Civil Veterinary Dept. Bombay admin report 1932-41 - 1932-1941
Year: 1932
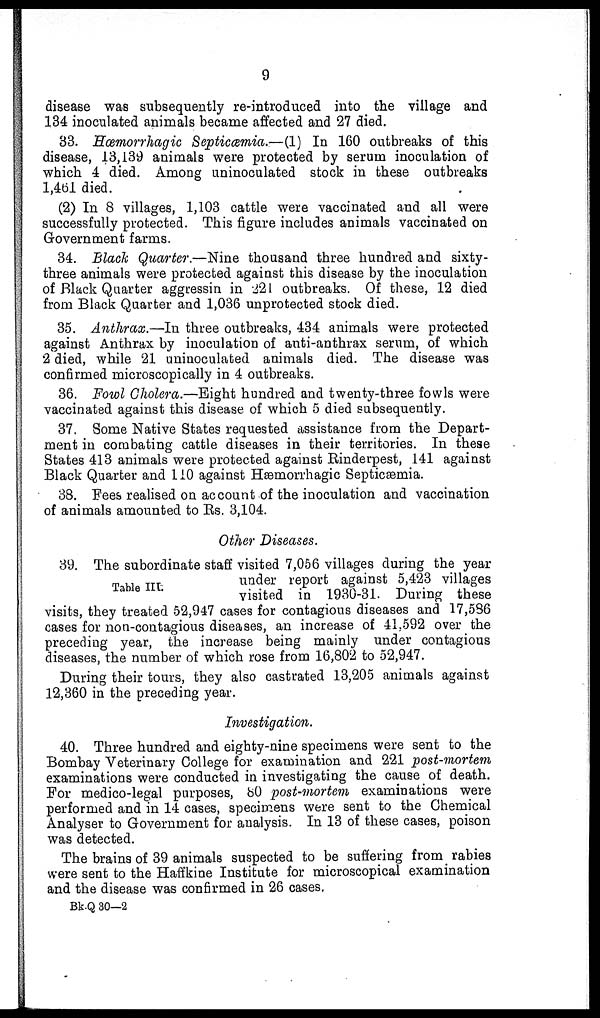
9
disease was subsequently re-introduced into the village and
134 inoculated animals became affected and 27 died.
33. Hæmorrhagic Septicæmia.—(1) In 160 outbreaks of this
disease, 13,139 animals were protected by serum inoculation of
which 4 died. Among uninoculated stock in these outbreaks
1,461 died.
(2) In 8 villages, 1,103 cattle were vaccinated and all were
successfully protected. This figure includes animals vaccinated on
Government farms.
34. Black Quarter.—Nine thousand three hundred and sixty-
three animals were protected against this disease by the inoculation
of Black Quarter aggressin in 221 outbreaks. Of these, 12 died
from Black Quarter and 1,036 unprotected stock died.
35. Anthrax.—In three outbreaks, 434 animals were protected
against Anthrax by inoculation of anti-anthrax serum, of which
2 died, while 21 uninoculated animals died. The disease was
confirmed microscopically in 4 outbreaks.
36. Fowl Cholera.—Eight hundred and twenty-three fowls were
vaccinated against this disease of which 5 died subsequently.
37. Some Native States requested assistance from the Depart-
ment in combating cattle diseases in their territories. In these
States 413 animals were protected against Rinderpest, 141 against
Black Quarter and 140 against Hæmorrhagic Septicæmia.
38. Fees realised on account of the inoculation and vaccination
of animals amounted to Rs. 3,104.
Other Diseases.
Table III.
39. The subordinate staff visited 7,056 villages during the year
under report against 5,423 villages
visited in 1930-31. During these
visits, they treated 52,947 cases for contagious diseases and 17,586
cases for non-contagious diseases, an increase of 41,592 over the
preceding year, the increase being mainly under contagious
diseases, the number of which rose from 16,802 to 52,947.
During their tours, they also castrated 13,205 animals against
12,360 in the preceding year.
Investigation.
40. Three hundred and eighty-nine specimens were sent to the
Bombay Veterinary College for examination and 221 post-mortem
examinations were conducted in investigating the cause of death.
For medico-legal purposes, 80 post-mortem examinations were
performed and in 14 cases, specimens were sent to the Chemical
Analyser to Government for analysis. In 13 of these cases, poison
was detected.
The brains of 39 animals suspected to be suffering from rabies
were sent to the Haffkine Institute for microscopical examination
and the disease was confirmed in 26 cases.
Bk-Q 30—2